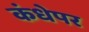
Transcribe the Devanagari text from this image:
कंधेपर